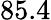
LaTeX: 85.4